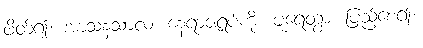
ဖိတ်၍။ အာသနသာလံ၊ နေရာဇရပ်ကို။ ပူရေတွာ၊ ပြည့်စေ၍။